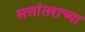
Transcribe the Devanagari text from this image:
सत्तांतराच्या